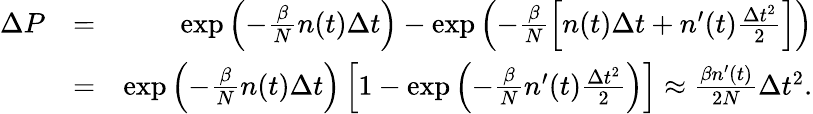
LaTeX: \begin{array}{rlr}{\Delta P}&{=}&{\exp{\left(-\frac{\beta}{N}n(t)\Delta t\right)}-\exp{\left(-\frac{\beta}{N}\left[n(t)\Delta t+n^{\prime}(t)\frac{\Delta t^{2}}{2}\right]\right)}}\\ &{=}&{\exp{\left(-\frac{\beta}{N}n(t)\Delta t\right)}\left[1-\exp{\left(-\frac{\beta}{N}n^{\prime}(t)\frac{\Delta t^{2}}{2}\right)}\right]\approx\frac{\beta n^{\prime}(t)}{2N}\Delta t^{2}.}\end{array}